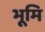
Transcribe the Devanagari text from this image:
भूमि